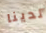
لدينا